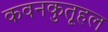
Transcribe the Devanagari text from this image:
कवनकुतूहल